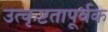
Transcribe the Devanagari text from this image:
उत्कृष्टतापूर्वक